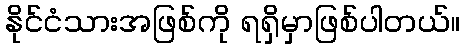
နိုင်ငံသားအဖြစ်ကို ရရှိမှာဖြစ်ပါတယ်။